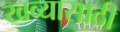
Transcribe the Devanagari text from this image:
खव्यासाठी